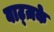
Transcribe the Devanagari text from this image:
वाट्ज़के